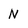
Character: N